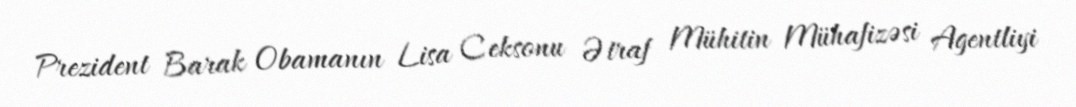
Prezident Barak Obamanın Lisa Ceksonu Ətraf Mühitin Mühafizəsi Agentliyi